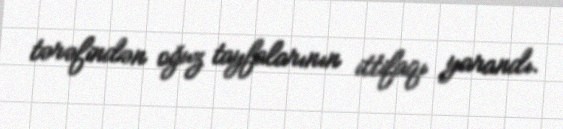
tərəfindən oğuz tayfalarının ittifaqı yarandı.